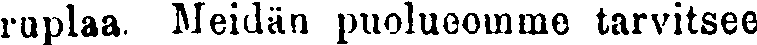
ruplaa. Meidän puolueemme tarvitsee